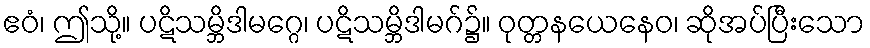
ဧဝံ၊ ဤသို့။ ပဋိသမ္ဘိဒါမဂ္ဂေ၊ ပဋိသမ္ဘိဒါမဂ်၌။ ဝုတ္တနယေနေဝ၊ ဆိုအပ်ပြီးသော